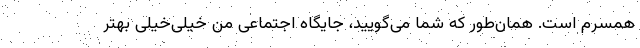
همسرم است. همان‌طور که شما می‌گویید، جایگاه اجتماعی من خیلی‌خیلی بهتر